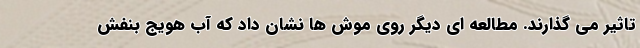
تاثیر می گذارند. مطالعه ای دیگر روی موش ها نشان داد که آب هویج بنفش